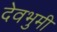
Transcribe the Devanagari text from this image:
देवभुमी